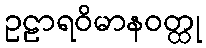
ဥဠာရဝိမာနဝတ္ထု